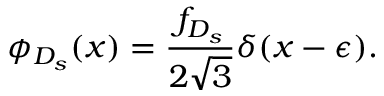
\phi _ { D _ { s } } ( x ) = { \frac { f _ { D _ { s } } } { 2 \sqrt 3 } } \delta ( x - \epsilon ) .